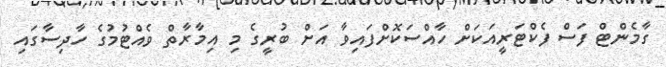
ގާމެންޓް ފަސް ފެކްޓަރީއަކަށް ހާއްސަކޮށްފައިވާ އަށް ބުރީގެ މި އިމާރާތް ވެއްޓުމުގެ ހާދިސާގައި